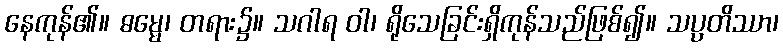
နေကုန်၏။ ဓမ္မေ၊ တရား၌။ သဂါရ ဝါ၊ ရိုသေခြင်းရှိကုန်သည်ဖြစ်၍။ သပ္ပတိဿာ၊